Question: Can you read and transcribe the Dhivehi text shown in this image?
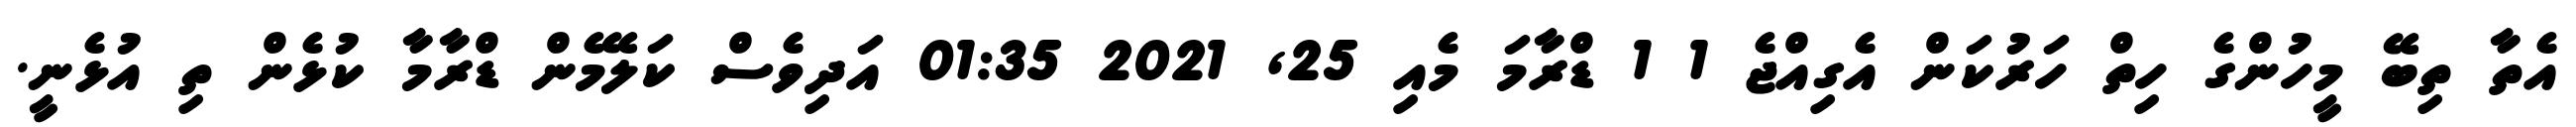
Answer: އެތާ ތިބޭ މީހުންގެ ހިތް ހަރުކަން އެގިއްޖެ 1 1 ޑްރާމަ މެއި 25, 2021 01:35 އަދިވެސް ކަލޭމެން ޑްރާމާ ކުޅެން ތި އުޅެނީ.